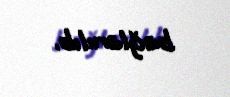
bağlanılıb.